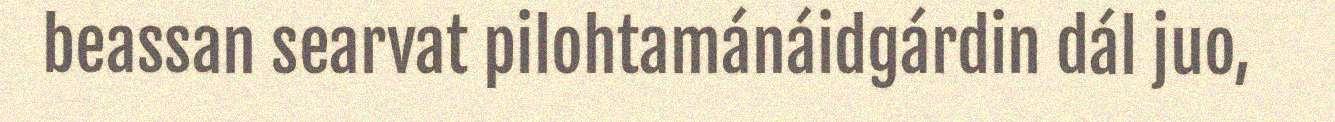
beassan searvat pilohtamánáidgárdin dál juo,